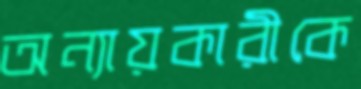
অন্যায়কারীকে